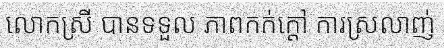
លោកស្រី បានទទួល ភាពកក់ក្តៅ ការស្រលាញ់